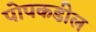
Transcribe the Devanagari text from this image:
पोपकडील